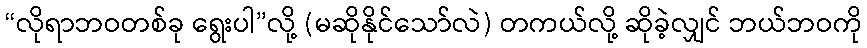
“လိုရာဘဝတစ်ခု ရွေးပါ”လို့ (မဆိုနိုင်သော်လဲ) တကယ်လို့ ဆိုခဲ့လျှင် ဘယ်ဘဝကို